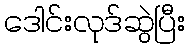
ဒေါင်းလုဒ်ဆွဲပြီး